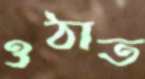
ওঠাত